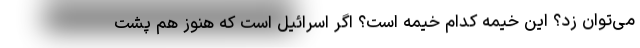
می‌توان زد؟ این خیمه کدام خیمه است؟ اگر اسرائیل است که هنوز هم پشت